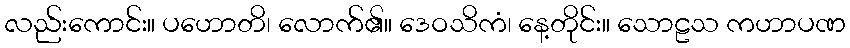
လည်းကောင်း။ ပဟောတိ၊ လောက်၏။ ဒေဝသိကံ၊ နေ့တိုင်း။ သောဠသ ကဟာပဏ